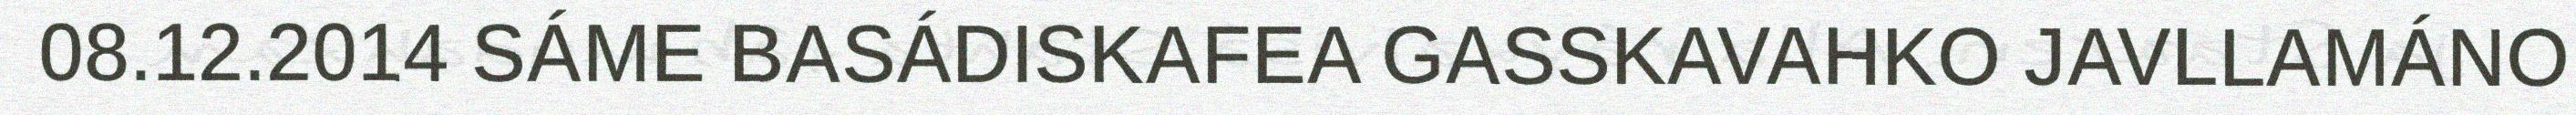
08.12.2014 SÁME BASÁDISKAFEA GASSKAVAHKO JAVLLAMÁNO